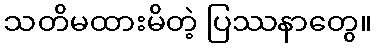
သတိမထားမိတဲ့ ပြဿနာတွေ။